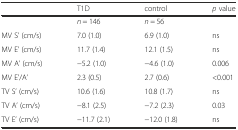
<table><thead><tr><td></td><td><b>T1D</b></td><td><b>control</b></td><td><b><i>p</i> value</b></td></tr></thead><tbody><tr><td></td><td><i>n</i> = 146</td><td><i>n</i> = 56</td><td></td></tr><tr><td>MV S’ (cm/s)</td><td>7.0 (1.0)</td><td>6.9 (1.0)</td><td>ns</td></tr><tr><td>MV E’ (cm/s)</td><td>11.7 (1.4)</td><td>12.1 (1.5)</td><td>ns</td></tr><tr><td>MV A’ (cm/s)</td><td>−5.2 (1.0)</td><td>−4.6 (1.0)</td><td>0.006</td></tr><tr><td>MV E&#x27;/A’</td><td>2.3 (0.5)</td><td>2.7 (0.6)</td><td>&lt;0.001</td></tr><tr><td>TV S’ (cm/s)</td><td>10.6 (1.6)</td><td>10.8 (1.7)</td><td>ns</td></tr><tr><td>TV A’ (cm/s)</td><td>−8.1 (2.5)</td><td>−7.2 (2.3)</td><td>0.03</td></tr><tr><td>TV E’ (cm/s)</td><td>−11.7 (2.1)</td><td>−12.0 (1.8)</td><td>ns</td></tr></tbody></table>